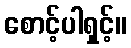
စောင့်ပါရှင့်။